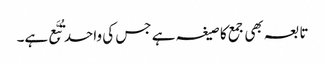
تابعہ بھی جمع کا صیغہ ہے جس کی واحد تُبَّع ہے۔